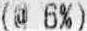
(@ 6%)